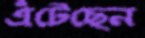
এঁটেছেন